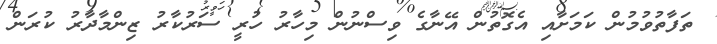
ތަފާތުވުމުން ކަމަށާއި އެގޮތުން އޭނާގެ ވިސްނުން މިހާރު ހުރީ ސަރުކާރު ޒިންމާދާރު ކުރަން